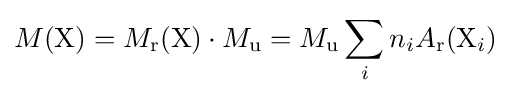
M({\text{X}})=M_{\text{r}}({\text{X}})\cdot M_{\text{u}}=M_{\text{u}}\sum _{i}n_{i}A_{\text{r}}({\text{X}}_{i})